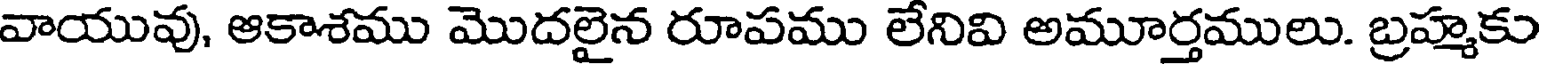
వాయువు, ఆకాశము మొదలైన రూపము లేనివి అమూర్తములు. బ్రహ్మకు